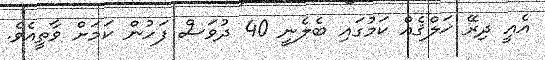
އެއީ ދިރޭ ޚަލްޤެއް ކަމުގައި ބެލެނީ 40 ދުވަސް ފަހުން ކަމަށް ވާތީއެވެ.